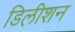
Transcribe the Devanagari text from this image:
डिलीशन